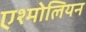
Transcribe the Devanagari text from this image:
एश्मोलियन